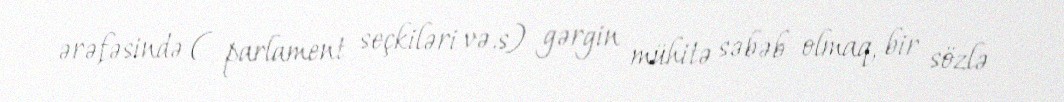
ərəfəsində ( parlament seçkiləri və.s) gərgin mühitə səbəb olmaq, bir sözlə